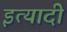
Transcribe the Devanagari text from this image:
इत्यादी